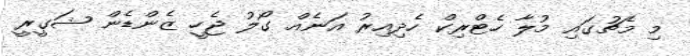
މި މެޗުގައި މުލާ ހެޓްރިކް ހެދިއިރު އަނެއް ގޯލު ޖެހީ ޒެންޑެން ޝަގީރީ